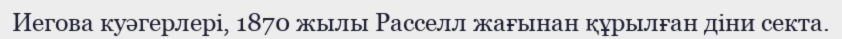
Иегова куәгерлері, 1870 жылы Расселл жағынан құрылған діни секта.